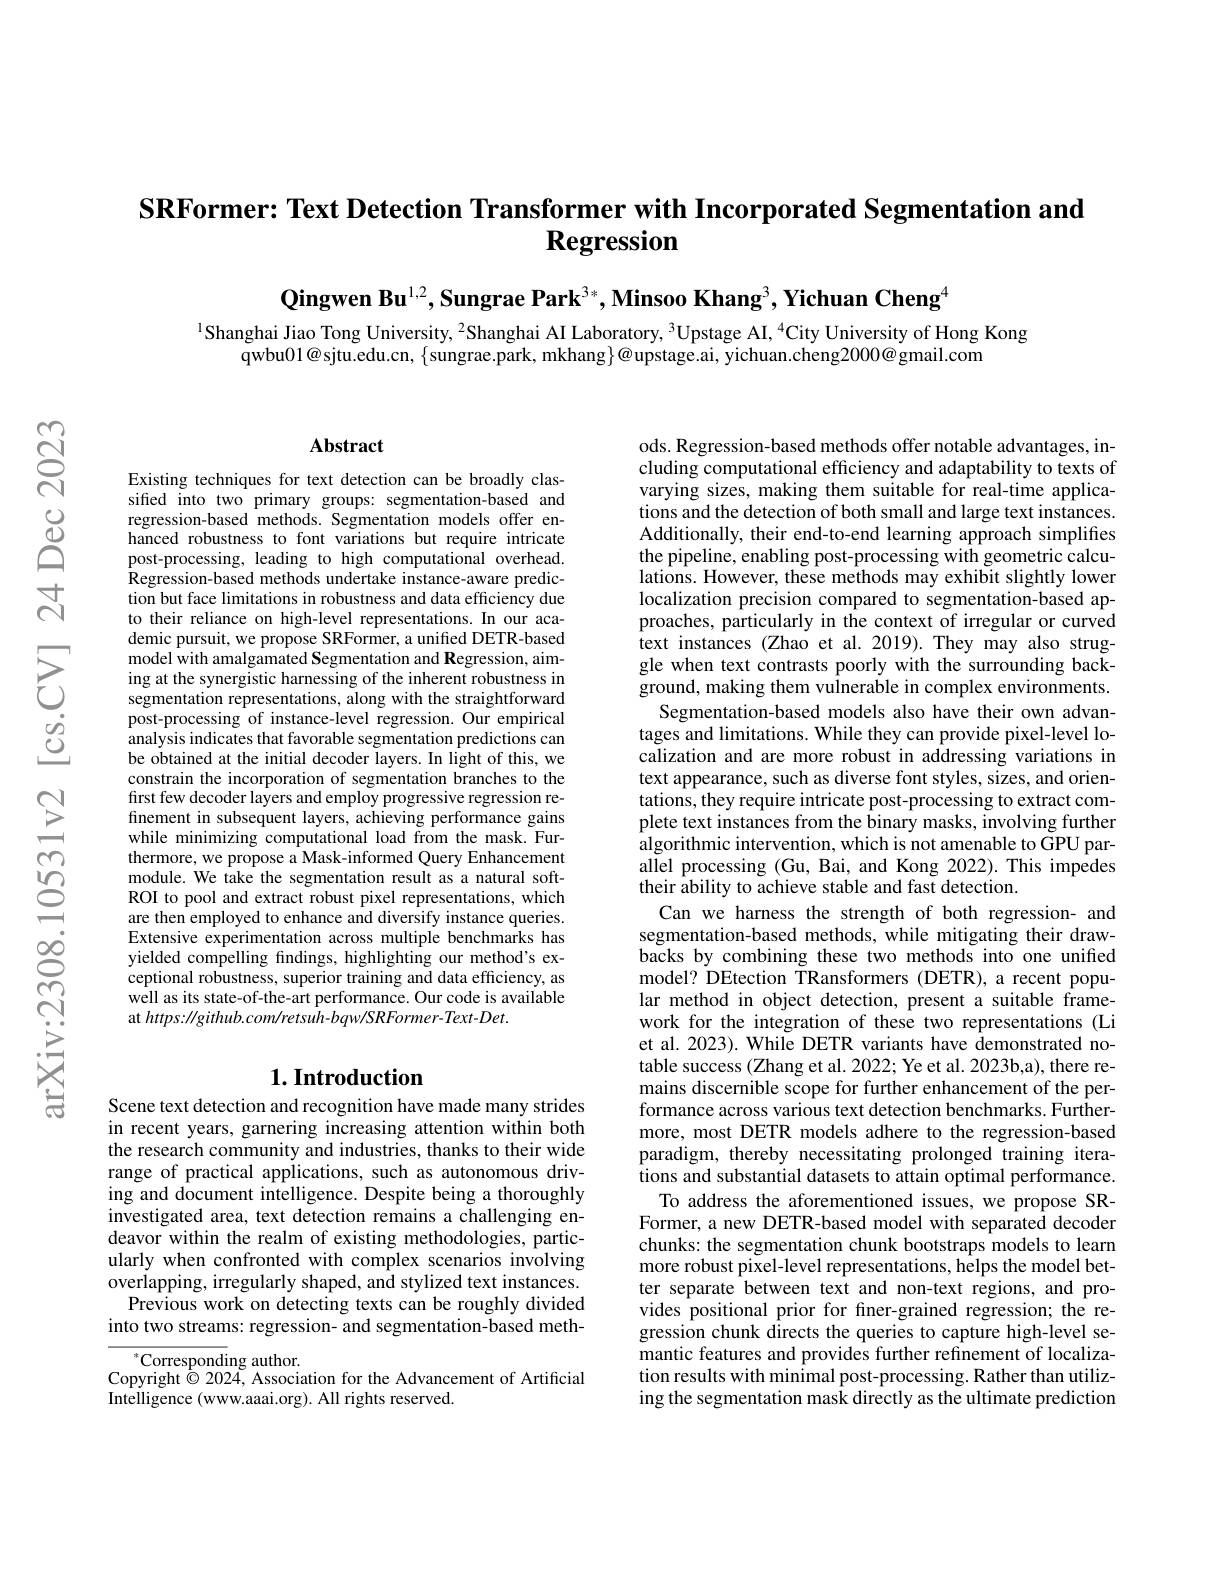
# SRFormer: Text Detection Transformer with Incorporated Segmentation and $\textbf{Regression}$

$\textbf{Qingwen Bu}^{1,2},\textbf{Sungrae Park}^{3*},\textbf{Minsoo Khang}^3,\textbf{Yichuan Cheng}^4$

$^{1}$Shanghai Jiao Tong University, $^2$Shanghai AI Laboratory, $^3$Upstage AI, $^4$City University of Hong Kong
qwbu01@ sjtu.edu.cn, $\{$sungrae.park, mkhang$\}@$upstage.ai, yichuan.cheng2000@gmail.com

### $\mathbf{Abstract}$

Existing techniques for text detection can be broadly classified into two primary groups: segmentation-based and regression-based methods. Segmentation models offer enhanced robustness to font variations but require intricate post-processing, leading to high computational overhead. Regression-based methods undertake instance-aware prediction but face limitations in robustness and data efficiency due to their reliance on high-level representations.In our academic pursuit, we propose SRFormer, a unified DETR-based model with amalgamated Segmentation and Regression, aiming at the synergistic harnessing of the inherent robustness in segmentation representations, along with the straightforward post-processing of instance-level regression. Our empirical analysis indicates that favorable segmentation predictions can be obtained at the initial decoder layers. In light of this, we constrain the incorporation of segmentation branches to the first few decoder layers and employ progressive regression refinement in subsequent layers, achieving performance gains while minimizing computational load from the mask. Furthermore, we propose a Mask-informed Query Enhancement module. We take the segmentation result as a natural softROI to pool and extract robust pixel representations, which are then employed to enhance and diversify instance queries. Extensive experimentation across multiple benchmarks has yielded compelling findings, highlighting our method's exceptional robustness, superior training and data efficiency, as well as its state-of-the-art performance. Our code is available at https: //github.com/retsuh-bqw/SRFormer-Text-Det.

## $1. \textbf{Introduction}$

Scene text detection and recognition have made many strides in recent years, garnering increasing attention within both the research community and industries, thanks to their wide range of practical applications, such as autonomous driving and document intelligence. Despite being a thoroughly investigated area, text detection remains a challenging endeavor within the realm of existing methodologies, particularly when confronted with complex scenarios involving overlapping, irregularly shaped, and stylized text instances.
Previous work on detecting texts can be roughly divided into two streams: regression- and segmentation-based meth-

$^*$Corresponding author.
Copyright $\dot{\odot}$ 2024, Association for the Advancement of Artificial
Intelligence (www.aaai.org). All rights reserved.

ods. Regression-based methods offer notable advantages, including computational efficiency and adaptability to texts of varying sizes, making them suitable for real-time applications and the detection of both small and large text instances. Additionally, their end-to-end learning approach simplifies the pipeline, enabling post-processing with geometric calculations. However, these methods may exhibit slightly lower localization precision compared to segmentation-based approaches, particularly in the context of irregular or curved text instances (Zhao et al. 2019). They may also struggle when text contrasts poorly with the surrounding background, making them vulnerable in complex environments.
Segmentation-based models also have their own advantages and limitations. While they can provide pixel-level localization and are more robust in addressing variations in text appearance, such as diverse font styles, sizes, and orientations, they require intricate post-processing to extract complete text instances from the binary masks, involving further algorithmic intervention, which is not amenable to GPU parallel processing (Gu, Bai, and Kong 2022). This impedes their ability to achieve stable and fast detection.
Can we harness the strength of both regression- and segmentation-based methods, while mitigating their drawbacks by combining these two methods into one unified model? DEtection TRansformers (DETR), a recent popular method in object detection, present a suitable framework for the integration of these two representations (Li et al. 2023). While DETR variants have demonstrated notable success (Zhang et al. 2022; Ye et al. 2023b,a), there remains discernible scope for further enhancement of the performance across various text detection benchmarks. Furthermore, most DETR models adhere to the regression-based paradigm, thereby necessitating prolonged training iterations and substantial datasets to attain optimal performance. To address the aforementioned issues,we propose SRFormer, a new DETR-based model with separated decoder chunks: the segmentation chunk bootstraps models to learn more robust pixel-level representations, helps the model better separate between text and non-text regions, and provides positional prior for finer-grained regression; the regression chunk directs the queries to capture high-level semantic features and provides further refinement of localization results with minimal post-processing. Rather than utilizing the segmentation mask directly as the ultimate prediction